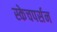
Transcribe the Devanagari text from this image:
स्केचपर्सन